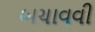
બચાવવી